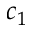
c _ { 1 }